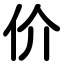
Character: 价